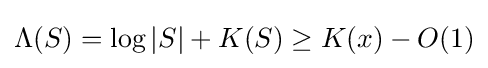
\Lambda (S)=\log |S|+K(S)\geq K(x)-O(1)